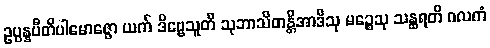
ဥပ္ပန္နပီတိပါမောဇ္ဇော ယက် ဒိဗ္ဗေသူတိ သုဘာသိတန္တိအာဒီသု မဉ္စေသု သန္ထရတိ ဂလကံ